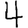
Digit: 4